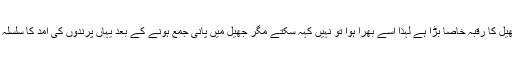
اگرچہ اس جھیل کا رقبہ خاصا بڑا ہے لہذا اسے بھرا ہوا تو نہیں کہہ سکتے مگر جھیل میں پانی جمع ہونے کے بعد یہاں پرندوں کی آمد کا سلسلہ شروع ہوگیا۔